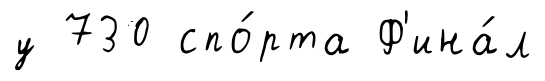
у 730 спо́рта Ф'ина́л